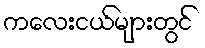
ကလေးငယ်များတွင်